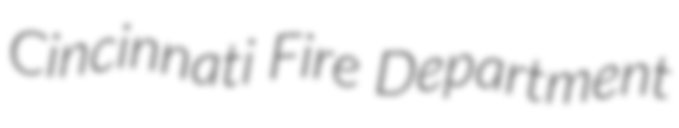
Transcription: Cincinnati Fire Department